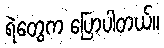
ရဲတွေက ပြောပါတယ်။